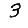
Digit: 3